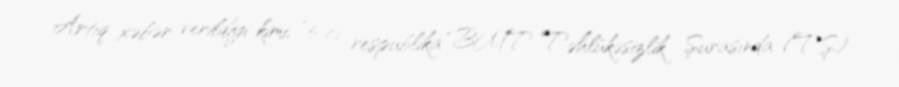
Artıq xəbər verildiyi kimi, “5-ci respublika” BMT Təhlükəsizlik Şurasında (TŞ)